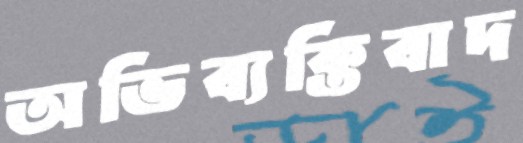
অভিব্যক্তিবাদ